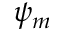
\psi _ { m }